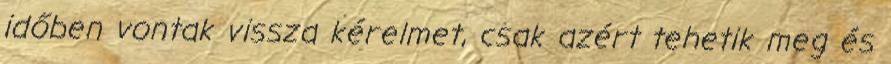
időben vontak vissza kérelmet, csak azért tehetik meg és